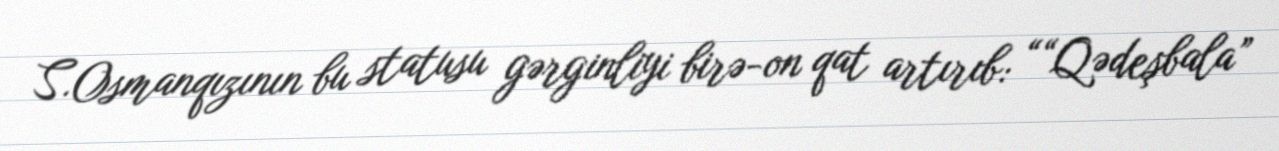
S.Osmanqızının bu statusu gərginliyi birə-on qat artırıb: ““Qədeşbala”